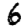
Digit: 6